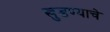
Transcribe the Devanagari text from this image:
खुडण्याचे